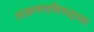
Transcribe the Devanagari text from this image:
आक्रमणाविरुद्धच्या